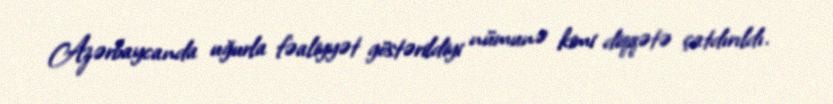
Azərbaycanda uğurla fəaliyyət göstərildiyi nümunə kimi diqqətə çatdırıldı.